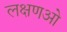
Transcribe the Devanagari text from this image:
लक्षणओ